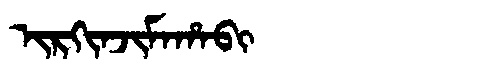
Manchu: ᡳᡵᡴᡳᠨᠵᡳᠮᠠᡥᠠᠪᡳ
Romanization: IRKINJIMAHABI